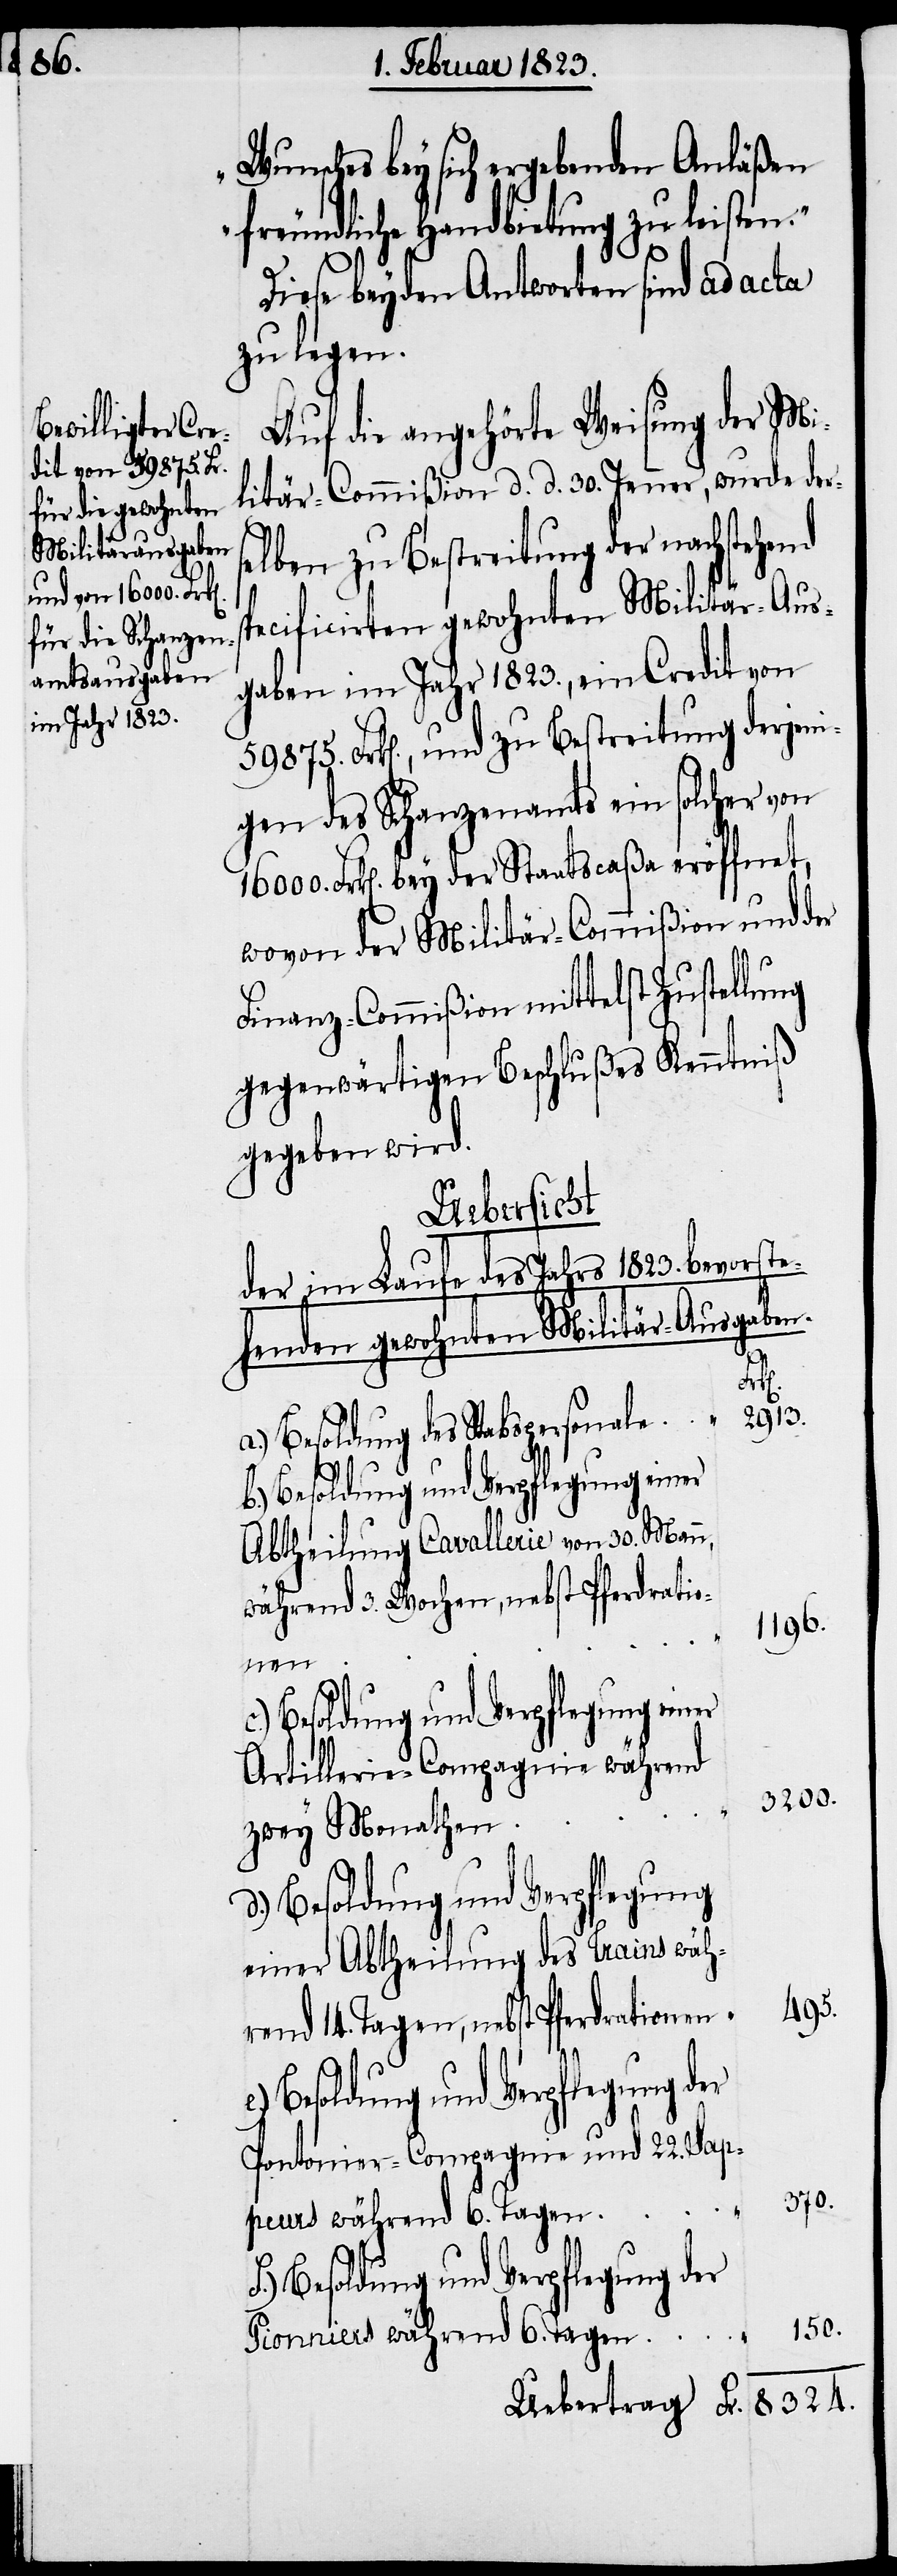
8324.

Wunsches bey sich ergebenden Anläßen
freundliche Handbietung zu leisten.“
e.)
Diese beyden Antworten sind ad acta
zu legen.
Auf die angehörte Weisung der Mi¬
litär-Commißion d. d. 30. Jenner, wurde ders¬
elben zu Bestreitung der nachstehend
pecificirten gewohnten Militär-Aus¬
gaben im Jahr 1823., ein Credit von
59875. Frk[en]., und zu Bestreitung derjeni¬
gen des Schanzenamts ein solcher von
Frk[en]. bey der Staatscaßa eröffnet,
wovon der Militär-Commißion und der
Finanz-Commißion mittelst Zustel¬
gegenwärtigen Beschlußes Kenntniß
gegeben wird.
Uebertrag
der im Laufe des Jahrs 1823. bevorste¬
henden gewohnten Militär-Ausgaben.
Fr.
a.) Besoldung des Stabspersonale
c.) Besoldung und Verpflegung einer
Abtheilung Cavallerie von 30. Mann,
während 3. Wochen, nebst Pferdratio¬
1196.
nen
Artillerie-Compagnie während
3200.
d.)
zwey Monathen
Besoldung und Verpflegung
einer Abtheilung des Trains wäh¬
495.
rend 14. Tagen, nebst Pferdrationen
Besoldung und Verpflegung der
Pontonier-Compagnie und 22. Sap¬
370.
peurs während 6. Tagen
150.
Pionniers während 6. Tagen